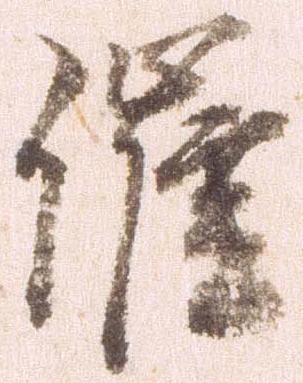
催